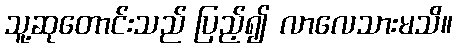
သူ့ဆုတောင်းသည် ပြည့်၍ လာလေသားမသိ။